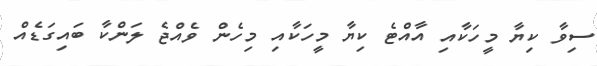
ސިވާ ކިޔާ މީހަކާއި އާއްޓެ ކިޔާ މީހަކާއި މިހެން ވެއްޖެ ލަންކާ ބައިގަޑެއް